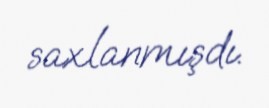
saxlanmışdı.